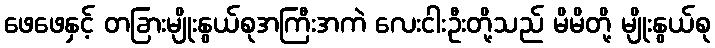
ဖေဖေနှင့် တခြားမျိုးနွယ်စုအကြီးအကဲ လေးငါးဦးတို့သည် မိမိတို့ မျိုးနွယ်စု